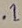
Text: .1